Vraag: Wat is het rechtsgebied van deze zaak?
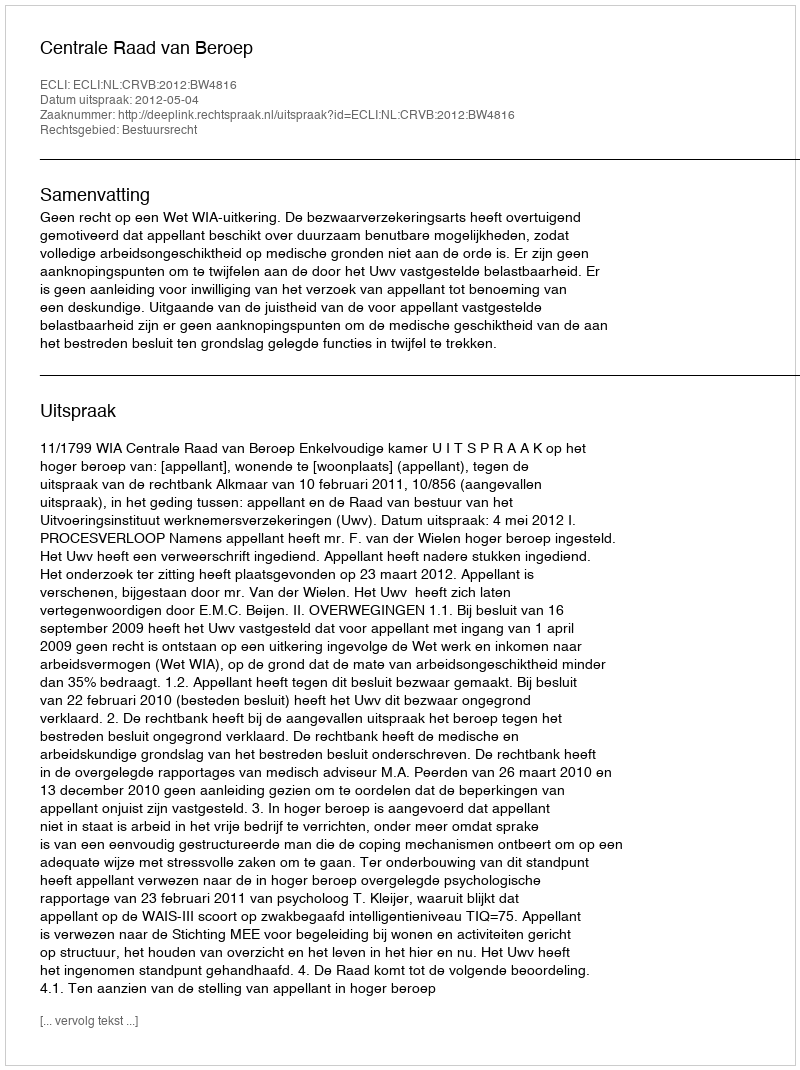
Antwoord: Bestuursrecht